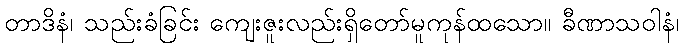
တာဒိနံ၊ သည်းခံခြင်း ကျေးဇူးလည်းရှိတော်မူကုန်ထသော။ ခီဏာသဝါနံ၊